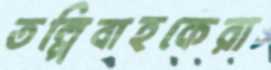
তল্পিবাহকেরা